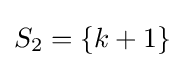
S_{2}=\left\{k+1\right\}